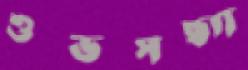
শুভসন্ধ্যা